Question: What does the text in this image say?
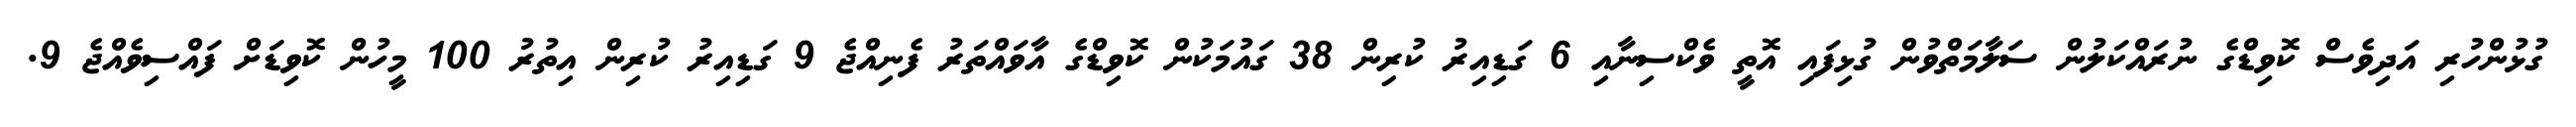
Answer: ގުޅުންހުރި އަދިވެސް ކޮވިޑްގެ ނުރައްކަލުން ސަލާމަތްވުން ގުޅިފައި އޮތީ ވެކްސިނާއި 6 ގަޑިއިރު ކުރިން 38 ގައުމަކުން ކޮވިޑްގެ އާވައްތަރު ފެނިއްޖެ 9 ގަޑިއިރު ކުރިން އިތުރު 100 މީހުން ކޮވިޑަށް ފައްސިވެއްޖެ 9.